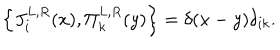
LaTeX: \left\{ J _ { i } ^ { L , R } ( x ) , \Pi _ { k } ^ { L , R } ( y ) \right\} = \delta ( x - y ) \delta _ { i k } .